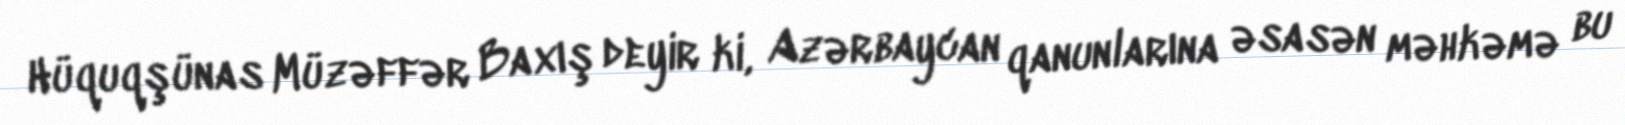
Hüquqşünas Müzəffər Baxış deyir ki, Azərbaycan qanunlarına əsasən məhkəmə bu